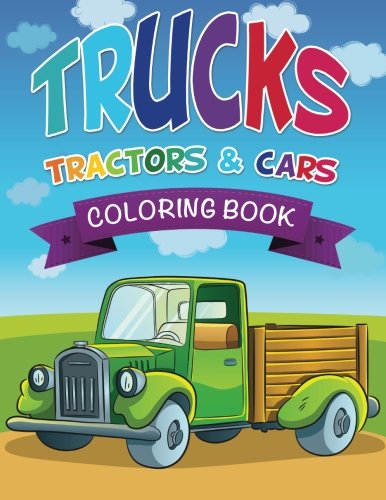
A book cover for Trucks, Tractors & Cars Coloring Book; Speedy Publishing LLC; Children's Books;